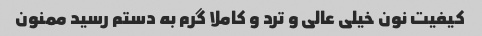
کیفیت نون خیلی عالی و ترد و کاملا گرم به دستم رسید ممنون